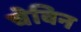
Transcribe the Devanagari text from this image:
चेविन